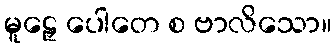
မူဠှေ ပေါတေ စ ဗာလိသော။